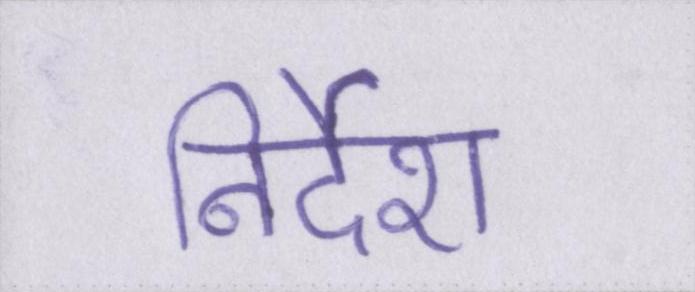
निर्देश